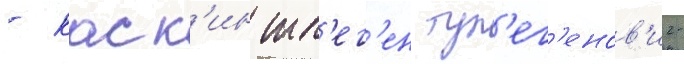
- каск'ин тл'ег'ен тул'ег'енов'ич-